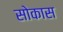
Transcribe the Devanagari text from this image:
सोकास